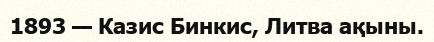
1893 — Казис Бинкис, Литва ақыны.